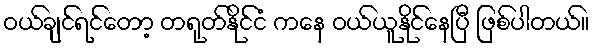
ဝယ်ချင်ရင်တော့ တရုတ်နိုင်ငံ ကနေ ဝယ်ယူနိုင်နေပြီ ဖြစ်ပါတယ်။